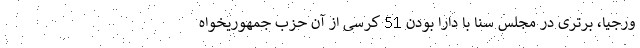
ورجیا، برتری در مجلس سنا با دارا بودن 51 کرسی از آن حزب جمهوریخواه